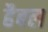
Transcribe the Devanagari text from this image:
हैबल